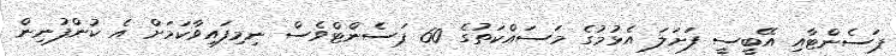
ޕަސެންޓާއި އޭބީސީ ފަށަލަ އެޅުމުގެ މަސައްކަތުގެ 60 ޕަސެންޓްވެސް ނިމިފައިވާކަަމަށް އެ ކުންފުނިން